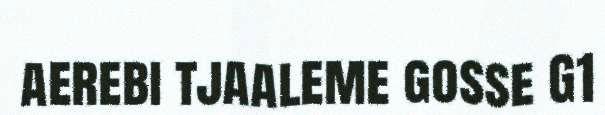
aerebi tjaaleme gosse G1